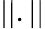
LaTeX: \lvert\lvert.\rvert\rvert